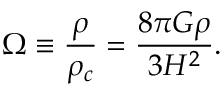
\Omega \equiv { \frac { \rho } { \rho _ { c } } } = { \frac { 8 \pi G \rho } { 3 H ^ { 2 } } } .